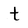
Character: t